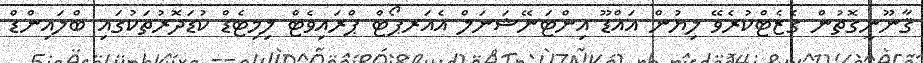
ޤާނޫނީގޮތުން ގެޒެޓްކުރެވޭ ލިޔުން އައްޑޫ އިންޓަނޭޝަނަލް އެއަރޕޯޓް ޕްރައިވެޓް ލިމިޓެޑް ކުޑަދޮރުތަކުގައި ބްލައިންޑް